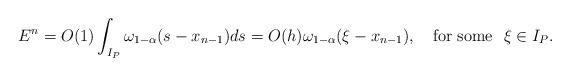
LaTeX: \begin{align*}E^n&=O(1)\int_{I_P}{\omega_{1-\alpha}}(s-x_{n-1})ds=O(h)\omega_{1-\alpha}(\xi-x_{n-1}),\quad{\rm for~some}~~\xi \in I_P.\end{align*}